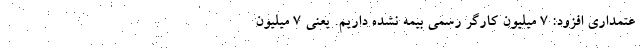
عتمداری افزود: ۷ میلیون کارگر رسمی بیمه نشده داریم. یعنی ۷ میلیون